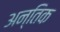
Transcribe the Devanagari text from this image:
अन्तिक